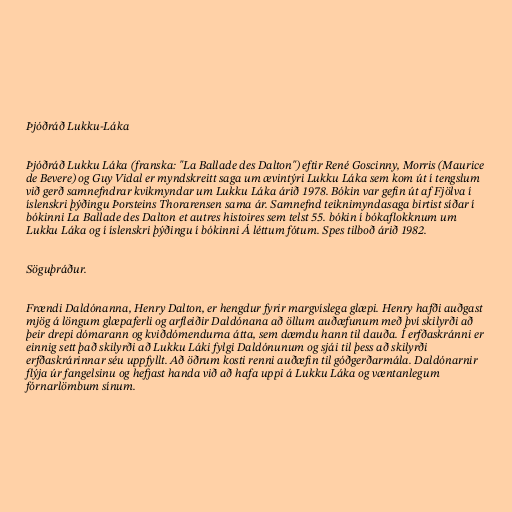
Þjóðráð Lukku-Láka

Þjóðráð Lukku Láka (franska: "La Ballade des Dalton") eftir René Goscinny, Morris (Maurice
de Bevere) og Guy Vidal er myndskreitt saga um ævintýri Lukku Láka sem kom út í tengslum
við gerð samnefndrar kvikmyndar um Lukku Láka árið 1978. Bókin var gefin út af Fjölva í
íslenskri þýðingu Þorsteins Thorarensen sama ár. Samnefnd teiknimyndasaga birtist síðar í
bókinni La Ballade des Dalton et autres histoires sem telst 55. bókin í bókaflokknum um
Lukku Láka og í íslenskri þýðingu í bókinni Á léttum fótum. Spes tilboð árið 1982.

Söguþráður.

Frændi Daldónanna, Henry Dalton, er hengdur fyrir margvíslega glæpi. Henry hafði auðgast
mjög á löngum glæpaferli og arfleiðir Daldónana að öllum auðæfunum með því skilyrði að
þeir drepi dómarann og kviðdómendurna átta, sem dæmdu hann til dauða. Í erfðaskránni er
einnig sett það skilyrði að Lukku Láki fylgi Daldónunum og sjái til þess að skilyrði
erfðaskrárinnar séu uppfyllt. Að öðrum kosti renni auðæfin til góðgerðarmála. Daldónarnir
flýja úr fangelsinu og hefjast handa við að hafa uppi á Lukku Láka og væntanlegum
fórnarlömbum sínum.